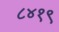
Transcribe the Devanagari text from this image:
८४१९